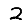
Digit: 2